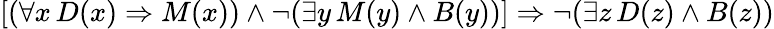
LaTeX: [(\forall x\, D(x)\Rightarrow M(x))\land\neg(\exists y\, M(y)\land B(y))]\Rightarrow\neg(\exists z\, D(z)\land B(z))